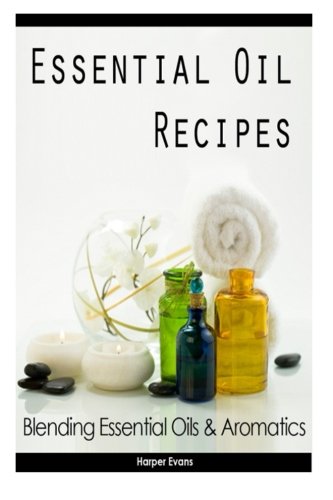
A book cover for Essential Oil Recipes: Blending Essential Oils & Aromatics; Avery Scott; Health, Fitness & Dieting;